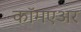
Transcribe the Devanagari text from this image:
कॉमएअर